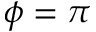
\phi = \pi